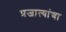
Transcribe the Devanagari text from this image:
प्रजात्यांचा